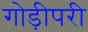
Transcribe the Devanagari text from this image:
गोड़ीपरी